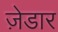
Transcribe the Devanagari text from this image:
ज़ेडार